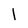
Character: 1